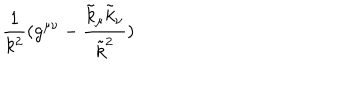
\frac { 1 } { k ^ { 2 } } ( g ^ { \mu \nu } - \frac { \tilde { k } _ { \mu } \tilde { k } _ { \nu } } { \tilde { k } ^ { 2 } } )